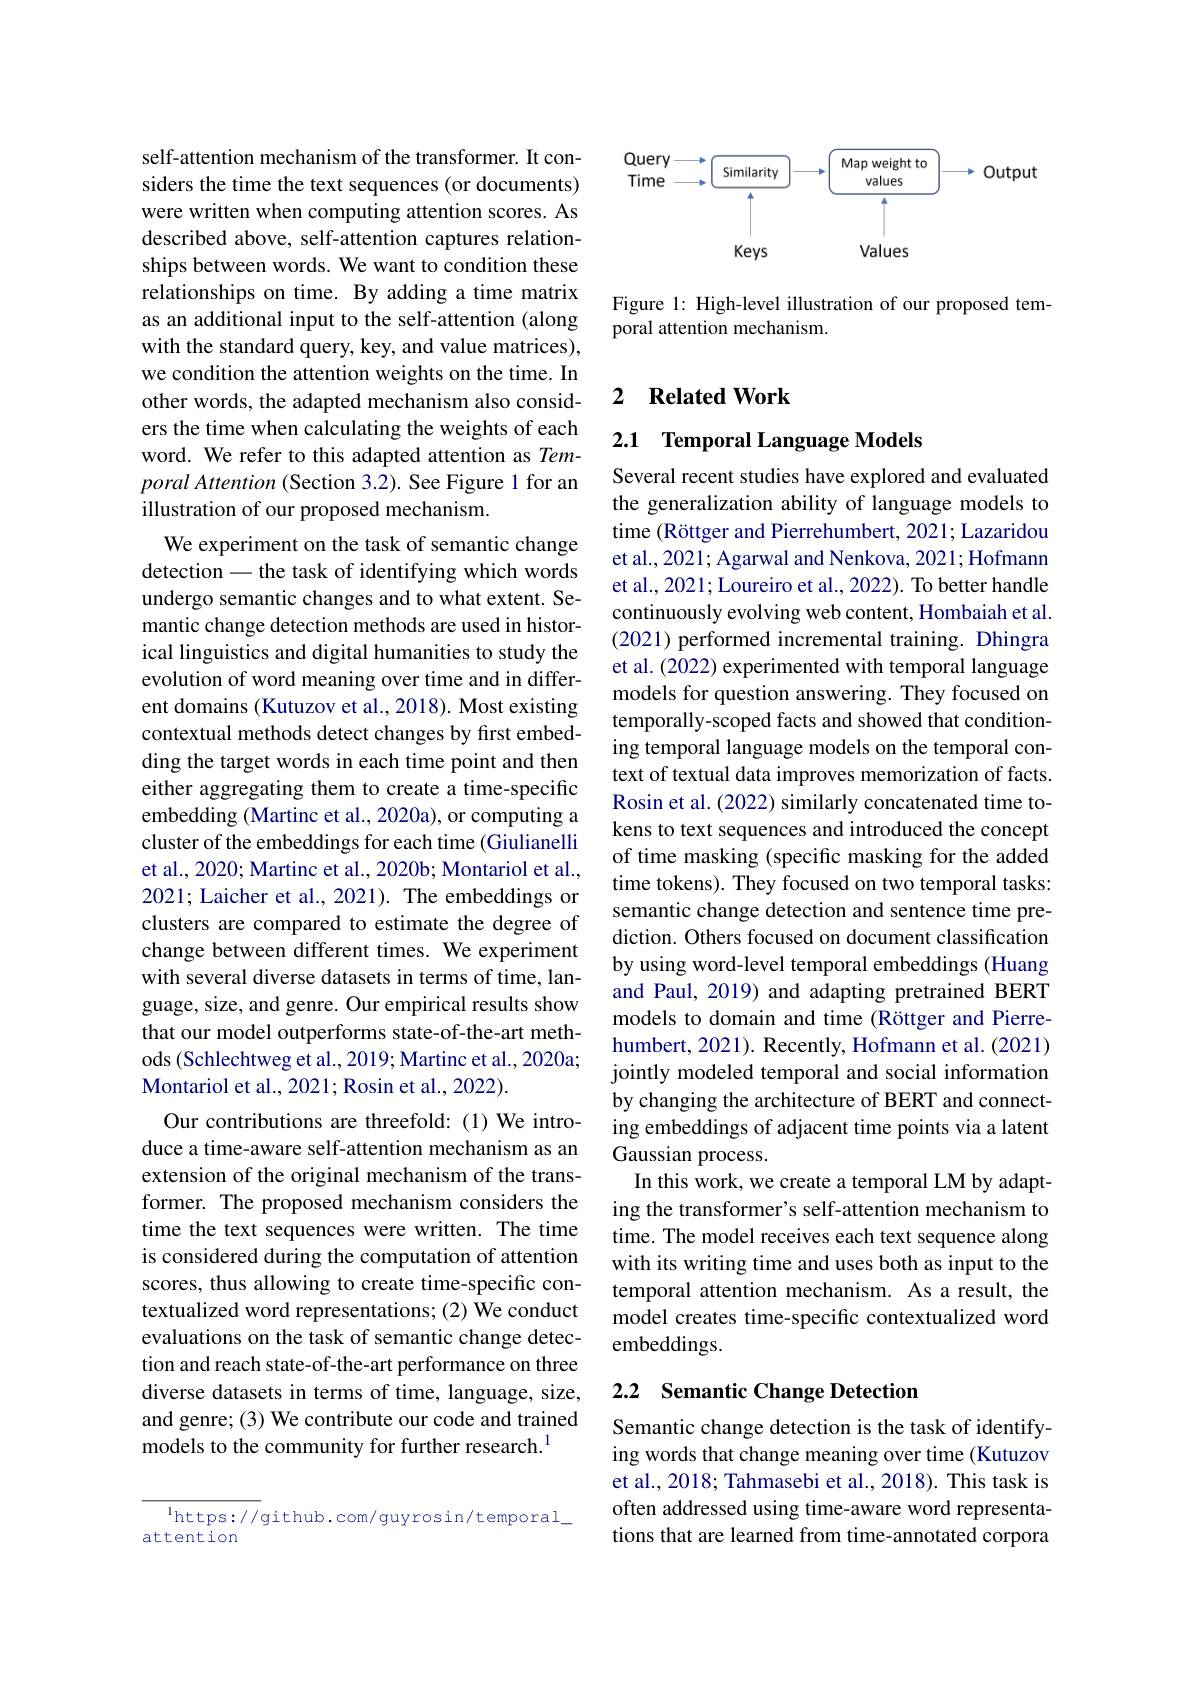
self-attention mechanism of the transformer. It considers the time the text sequences (or documents) were written when computing attention scores. As described above, self-attention captures relationships between words. We want to condition these relationships on time. By adding a time matrix as an additional input to the self-attention (along with the standard query, key, and value matrices), we condition the attention weights on the time. In other words, the adapted mechanism also considers the time when calculating the weights of each word. We refer to this adapted attention as Temporal Attention ( Section 3.2). See Figure 1 for an illustration of our proposed mechanism.
We experiment on the task of semantic change detection-the task of identifying which words undergo semantic changes and to what extent. Semantic change detection methods are used in historical linguistics and digital humanities to study the evolution of word meaning over time and in different domains (Kutuzov et al., 2018). Most existing contextual methods detect changes by first embedding the target words in each time point and then either aggregating them to create a time-specific embedding (Martinc et al., 2020a), or computing a cluster of the embeddings for each time (Giulianelli et al., 2020; Martinc et al., 2020b; Montariol et al., 2021; Laicher et al., 2021). The embeddings or clusters are compared to estimate the degree of change between different times. We experiment with several diverse datasets in terms of time, language, size, and genre. Our empirical results show that our model outperforms state-of-the-art methods (Schlechtweg et al., 2019; Martinc et al., 2020a; Montariol et al., 2021; Rosin et al., 2022).
Our contributions are threefold:(1) We introduce a time-aware self-attention mechanism as an extension of the original mechanism of the transformer. The proposed mechanism considers the time the text sequences were written. The time is considered during the computation of attention scores, thus allowing to create time-specific contextualized word representations; (2) We conduct evaluations on the task of semantic change detection and reach state-of-the-art performance on three diverse datasets in terms of time, language, size, and genre; (3) We contribute our code and trained models to the community for further research.$^{1}$

$^{\mathrm{l}}$https://github.com/guyrosin/temporal\_
attention

<FigureHere>

Figure 1: High-level illustration of our proposed tem-
poral attention mechanism.

## 2 $\textbf{Related Work}$

2.1 Temporal Language Models

Several recent studies have explored and evaluated the generalization ability of language models to time (Röttger and Pierrehumbert, 2021; Lazaridou et al., 2021; Agarwal and Nenkova, 2021; Hofmann et al., 2021; Loureiro et al., 2022). To better handle continuously evolving web content, Hombaiah et al. (2021) performed incremental training. Dhingra et al. (2022) experimented with temporal language models for question answering. They focused on temporally-scoped facts and showed that conditioning temporal language models on the temporal context of textual data improves memorization of facts. Rosin et al. (2022) similarly concatenated time tokens to text sequences and introduced the concept of time masking (specific masking for the added time tokens). They focused on two temporal tasks: semantic change detection and sentence time prediction. Others focused on document classification by using word-level temporal embeddings (Huang and Paul, 2019) and adapting pretrained BERT models to domain and time (Röttger and Pierrehumbert, 2021). Recently, Hofmann et al. (2021) jointly modeled temporal and social information by changing the architecture of BERT and connecting embeddings of adjacent time points via a latent Gaussian process.
In this work, we create a temporal LM by adapting the transformer's self-attention mechanism to time. The model receives each text sequence along with its writing time and uses both as input to the temporal attention mechanism. As a result, the model creates time-specific contextualized word embeddings.
2.2 Semantic Change Detection

Semantic change detection is the task of identifying words that change meaning over time (Kutuzov et al., 2018; Tahmasebi et al., 2018). This task is often addressed using time-aware word representations that are learned from time-annotated corpora